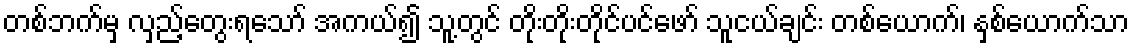
တစ်ဘက်မှ လှည့်တွေးရသော် အကယ်၍ သူ့တွင် တိုးတိုးတိုင်ပင်ဖော် သူငယ်ချင်း တစ်ယောက်၊ နှစ်ယောက်သာ